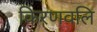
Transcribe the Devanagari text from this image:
किरणवलि